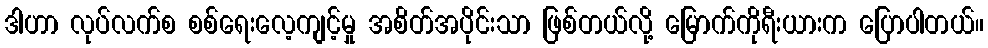
ဒါဟာ လုပ်လက်စ စစ်ရေးလေ့ကျင့်မှု အစိတ်အပိုင်းသာ ဖြစ်တယ်လို့ မြောက်ကိုရီးယားက ပြောပါတယ်။